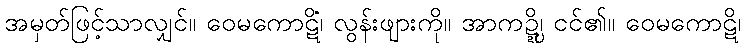
အမှတ်ဖြင့်သာလျှင်။ ဝေမကောဋိံ၊ လွန်းဖျားကို။ အာကဍ္ဍ္ဎိ၊ ငင်၏။ ဝေမကောဋိ၊